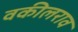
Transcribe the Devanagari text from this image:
वकीलराव